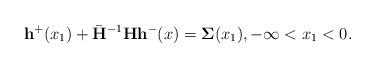
LaTeX: \begin{align*}\mathbf{h}^+(x_1)+\bar{\mathbf{H}}^{-1}\mathbf{H}\mathbf{h}^-(x)=\mathbf{\Sigma}(x_1),-\infty<x_1<0.\end{align*}